Lunatic asylums Central Provinces reports 1895-1909 - 1895-1909
Year: 1895
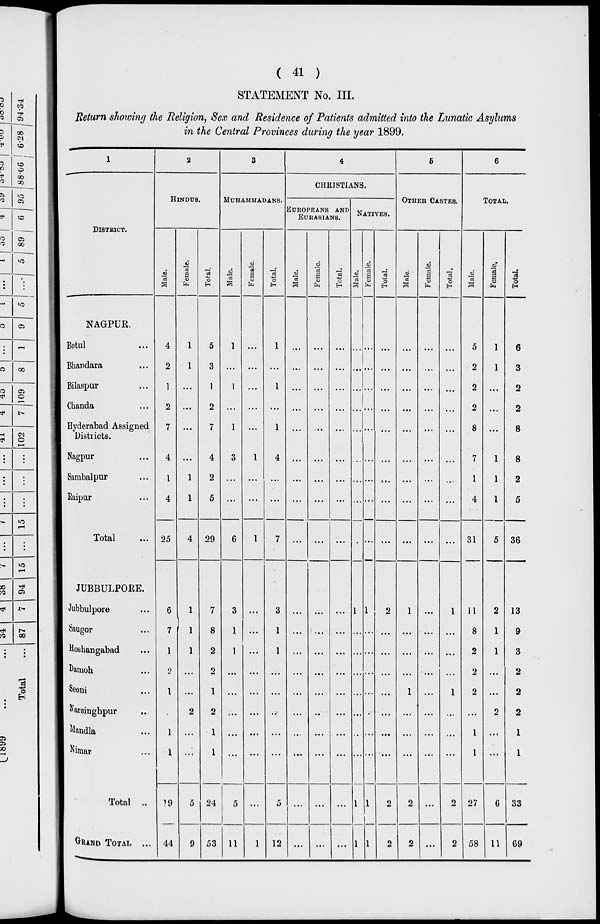
( 41 )
STATEMENT No. III.
Return showing the Religion, Sex and Residence of Patients admitted into the Lunatic Asylums
in the Central Provinces during the year 1899.
1
DISTRICT.
NAGPUR.
Betul ...
Bhandara ...
Bilaspur ...
Chanda ...
Hyderabad Assigned
Districts.
Nagpur ...
Sambalpur ...
Raipur ...
Total ...
JUBBULPORE.
Jubbulpore ...
Saugor ...
Hoshangabad ...
Damoh ...
Seoni ...
Narsinghpur ...
Mandla ...
Nimar ...
Total ...
GRAND TOTA L ...
2
HINDUS.
Male.
4
2
1
2
7
4
1
4
25
6
7
1
2
1
...
1
1
19
44
Female.
1
1
...
...
...
...
1
1
4
1
1
1
...
...
2
...
...
5
9
Total.
5
3
1
2
7
4
2
5
29
7
8
2
2
1
2
1
1
24
53
3
MUHAMMADANS.
Male.
1
...
1
...
1
3
...
...
6
3
1
1
...
...
...
...
...
5
11
Female.
...
...
...
...
...
1
...
...
1
...
...
...
...
...
...
...
...
...
1
Total.
1
...
1
...
1
4
...
...
7
3
1
1
...
...
...
...
...
5
12
4
CHRISTIANS.
EUROPEANS AND
EURASIANS.
Male.
...
...
...
...
...
...
...
...
...
...
...
...
...
...
...
...
...
...
...
Female.
...
...
...
...
...
...
...
...
...
...
...
...
...
...
...
...
...
...
Total.
...
...
...
...
...
...
...
...
...
...
...
...
...
...
...
...
...
...
...
NATIVES.
Male.
...
...
...
...
...
...
...
...
...
1
...
...
...
...
...
...
...
1
1
Female.
...
...
...
...
...
...
...
...
...
1
...
...
...
...
...
...
...
1
1
Total.
...
...
...
...
...
...
...
...
...
2
...
...
...
...
...
...
...
2
2
5
OTHER CASTES.
Male.
...
...
...
...
...
...
...
...
...
1
...
...
...
1
...
...
...
2
2
Female.
...
...
...
...
...
...
...
...
...
...
...
...
...
...
...
...
...
...
...
Total.
...
...
...
...
...
...
...
...
...
1
...
...
...
1
...
...
...
2
2
6
TOTAL.
Male.
5
2
2
2
8
7
1
4
31
11
8
2
2
2
...
1
1
27
58
Female.
1
1
...
...
...
1
1
1
5
2
1
1
...
...
2
...
...
6
11
Total.
6
3
2
2
8
8
2
5
36
13
9
3
2
2
2
1
1
33
69